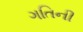
ગતિની